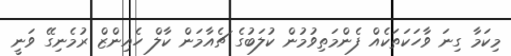
މިކަމާ ގިނަ ވާހަކަތަކެއް ފެންމަތިވުމުން ކުލަބުގެ ޗެއާމަން ކާލް ހެއިންޒް ރުމެނިގޭ ވަނީ